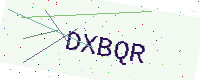
Text: DXBQR